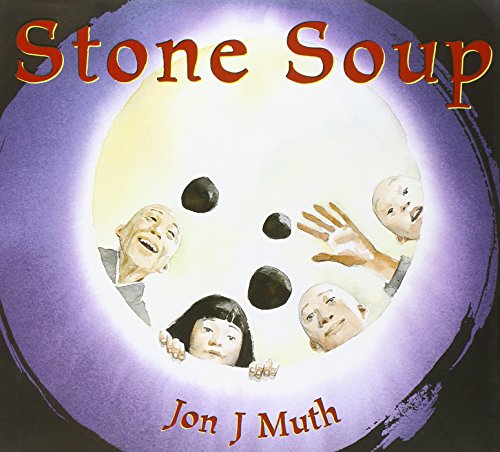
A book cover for Stone Soup; Jon J Muth; Literature & Fiction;